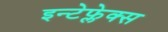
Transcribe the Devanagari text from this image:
इन्टेफ्लेक्स